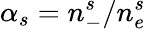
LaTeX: \alpha_{s}=n_{-}^{s}/n_{e}^{s}